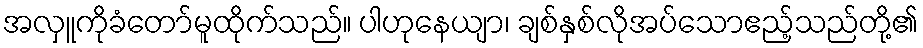
အလှူကိုခံတော်မူထိုက်သည်။ ပါဟုနေယျာ၊ ချစ်နှစ်လိုအပ်သောဧည့်သည်တို့၏